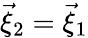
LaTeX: \vec{\xi}_{2}=\vec{\xi}_{1}